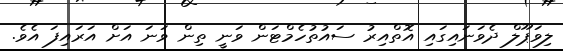
ލިވަޕޫލް ދެވަނައިގައި އޮތްއިރު ސައުތުހެމްޓަން ވަނީ ތިން ވަނަ އަށް އަރައިފަ އެވެ.